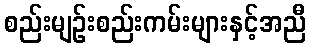
စည်းမျဉ်းစည်းကမ်းများနှင့်အညီ